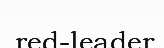
red-leader